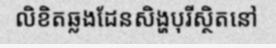
លិខិតឆ្លងដែនសិង្ហបុរីស្ថិតនៅ